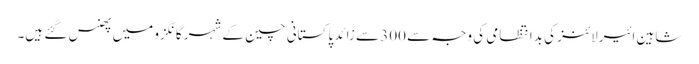
شاہین ائیرلائنز کی بدانتظامی کی وجہ سے 300 سے زائد پاکستانی چین کے شہر گانگزو میں پھنس گئے ہیں۔